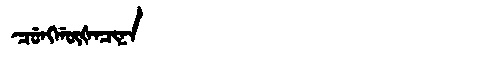
Manchu: ᠴᡠᠩᡤᡡᡧᠠᠴᡳᠨᠠ
Romanization: CUNGGŪŠACINA